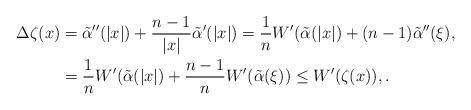
LaTeX: \begin{align*}\Delta \zeta(x)&=\tilde\alpha'' (|x|)+\frac{n-1}{|x|}\tilde\alpha'(|x|)= \frac{1}{n}W'(\tilde \alpha(|x|)+(n-1)\tilde\alpha''(\xi), \\&= \frac{1}{n}W'(\tilde\alpha(|x|)+\frac{n-1}{n}W'(\tilde \alpha(\xi))\leq W'(\zeta(x)), .\end{align*}